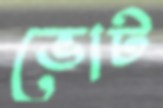
ভোট